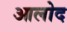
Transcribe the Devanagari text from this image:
आलोद